Vaccination in Bombay 1913-1923 - 1913-1923
Year: 1913
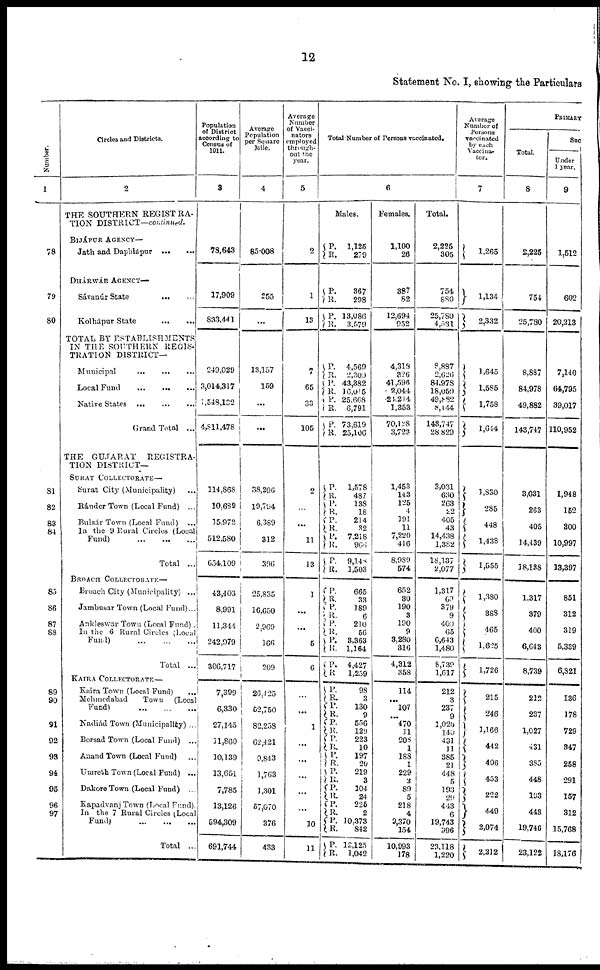
12
Statement No. I, showing the Particulars
Number.
1
78
79
80
81
82
83
84
85
86
87
89
91
92
93
94
95
96
Circles and Districts.
2
THE SOUTHERN REGISTRA-
TION DISTRICT—continued.
BIJÁPUR AGENCY—
Jath and Dapálápur
...
...
DHÁRWÁR AGNECY—
Sávanúr State
... ...
Kolhápur State
...
...
TOTAL BY ESTABLISHMENTS
IN THE SOUTHERN REGIS-
TRATION DISTRICT—
Municipal
...
...
...
Local Fund
...
...
...
Native States
...
...
...
Grand Total ...
THE GUJARAT
REGISTRA-
TION DISTRICT—
SURAT COLLECTORATE—
Surat City (Municipality) ...
Ránder Town (Local Fund) ...
Bulsár Town (Local Fund) ...
In the 9 Rural Circles (Local
Fund) ... ... ...
Total ...
BROACH COLLECTORATE—
Broach City (Municipality) ...
Jambusar Town (Local Fund)...
Ankleswar Town (Local Fund) .
In the 6 Rural Circles (Local
Fund)
...
...
..
Total ...
KAIRA COLLECTORATE—
Kaira Town (Local Fund)
Mehmedabad Town (Local
Fund) ... ... ...
Nadiád Town (Municipality) ...
Borsad Town (Local Fund) ...
Anand Town (Local Fund) ...
Unareth Town (Local Fund) ...
Dakore Town (Local Fund) ...
Kapadvanj Town (Local Fund).
In the 7 Ruler Circles (Local
Fund) ... ... ...
Total ...
Population
of District
according to
Census of
1911.
3
78,643
17,909
833,441
249,029
3,014,317
1,548,182
4,811,478
114,868
10,689
15,972
512,580
654,109
43,403
8,991
11,344
242,979
306,717
7,399
6,330
27,145
11,860
10,139
13,651
7,785
13,126
594,309
691,744
Average
Population
per Square
Mile.
4
85.008
255
...
13,157
159
...
...
38,296
19,794
6,389
312
396
25,835
16,650
2,969
166
209
26,425
52,750
82,258
62,421
9,843
1,763
1,301
57,070
376
433
Average
Number
of Vacci¬
nators
employed
through¬
out the
year.
5
2
1
13
7
65
33
105
2
...
...
11
13
1
...
...
5
6
...
...
1
...
...
...
...
...
10
11
Total Number of Persons vaccinated.
6
Males.
P.
R.
1,125
279
P.
R.
P.
R.
367
298
13,086
3,579
P.
R.
P.
R.
P.
R.
P.
R.
4,569
2,300
43,382
16,015
25,668
6,791
73,619
25,106
P.
R.
P.
R.
P.
R.
P.
R.
P.
R.
1,578
487
138
18
214
32
7,218
966
9,148
1,503
P.
R.
P.
R.
P.
R.
P.
R.
P.
R.
665
33
189
6
210
56
3,363
1,164
4,427
1,259
P.
R.
P.
R.
P.
R.
P.
R.
P.
R.
P.
R.
P.
R.
P.
R. P.
R.
P. R.
98
3
130
9
556
129
223
10
197
20
219
3
104
24
225
2
10,373
842
12,125
1,042
Females.
1,100
26
387
82
12,694
952
4,318
326
41,596
2,044
24,214
1,353
70,128
3,723
1,453
143
125
4
191
11
7,220
416
8,989
574
652
30
190
3
190
9
3,280
316
4,312
358
114
... 107
... 470
11
208
1
188
1
229
2
89
5
218
4
9,370
154
10,993
178
Total.
2,225
305
754
880
25,780
4,531
8,887
2,626
84,978
18,059
49,882
8,144
143,747
28,829
3,031
630
263
22
405
43
14,438
1,382
18,137
2,077
Average
Number of
Persons
vaccinated
by each
Vaccina¬
tor.
7
1,265
1,134
2,332
1,645
1,585
1,758
1,614
1,830
285
448
1,438
1,555
1,317
60
379
9
400
65
6,643
1,480
8,739
1,617
212
3
237
9
1,028
140
431
11
385
21
448
5
193
29
443
6
19,743
996
23,118
1,220
1,380
388
465
1,625
1,726
215
246
1,166
442
406
453
222
449
2,074
2,212
PRIMARY
Total.
8
2,225
754
25,780
8,887
84,978
49,882
143,747
3,031
263
405
14,439
18,138
1,317
379
400
6,643
8,739
212
237
1,027
431
385
448
193
443
19,746
23,122
Suc
Under
1 year.
9
1,512
602
20,213
7,140
64,795
39,017
110,952
1,948
152
300
10,997
13,397
851
312
319
5,339
6,821
136
178
729
347
258
291
157
312
15,768
18,176